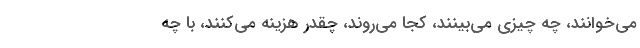
می‌خوانند، چه چیزی می‌بینند، کجا می‌روند، چقدر هزینه می‌کنند، با چه